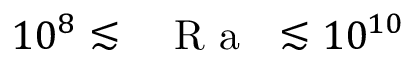
1 0 ^ { 8 } \lesssim \mathrm { ~ \textit ~ { ~ R ~ a ~ } ~ } \lesssim 1 0 ^ { 1 0 }